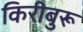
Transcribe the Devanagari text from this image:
किरीबुरू